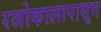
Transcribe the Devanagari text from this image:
रजोकालापासून